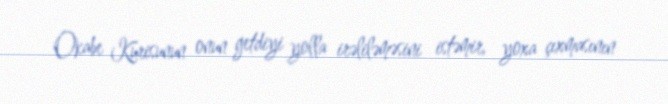
Okabe Kurisunun onun getdiyi yolla irəliləməsini istəmir, yoxa çıxmasının